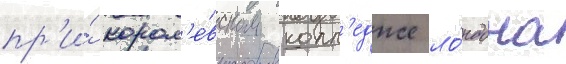
пр'и́ корол'е́вском колл'едже ло́ндона